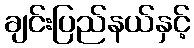
ချင်းပြည်နယ်နှင့်